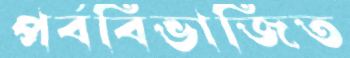
পর্ববিভাজিত